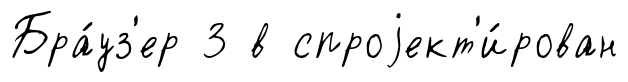
Бра́уз'ер 3 в спроjект'и́рован